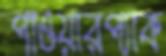
পাওয়ারপ্যাক